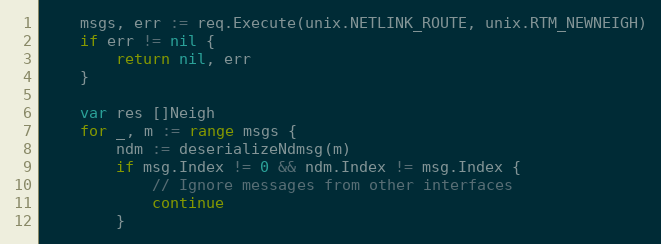
Language: Go
	msgs, err := req.Execute(unix.NETLINK_ROUTE, unix.RTM_NEWNEIGH)
	if err != nil {
		return nil, err
	}

	var res []Neigh
	for _, m := range msgs {
		ndm := deserializeNdmsg(m)
		if msg.Index != 0 && ndm.Index != msg.Index {
			// Ignore messages from other interfaces
			continue
		}